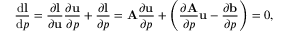
\frac { \mathrm { d } \mathbf { l } } { \mathrm { d } p } = \frac { \partial \mathbf { l } } { \partial \mathbf { u } } \frac { \partial \mathbf { u } } { \partial p } + \frac { \partial \mathbf { l } } { \partial p } = \mathbf { A } \frac { \partial \mathbf { u } } { \partial p } + \left( \frac { \partial \mathbf { A } } { \partial p } \mathbf { u } - \frac { \partial \mathbf { b } } { \partial p } \right) = 0 ,